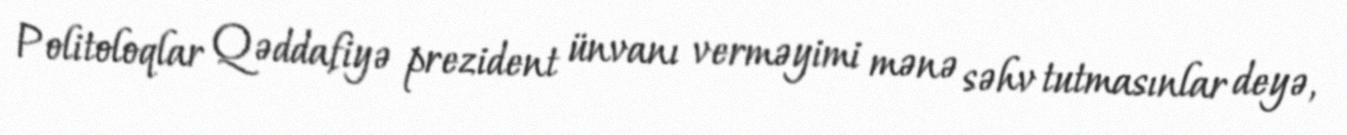
Politoloqlar Qəddafiyə prezident ünvanı verməyimi mənə səhv tutmasınlar deyə,